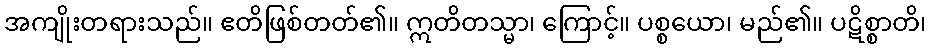
အကျိုးတရားသည်။ ဧတိဖြစ်တတ်၏။ ဣတိတသ္မာ၊ ကြောင့်။ ပစ္စယော၊ မည်၏။ ပဋိစ္စာတိ၊